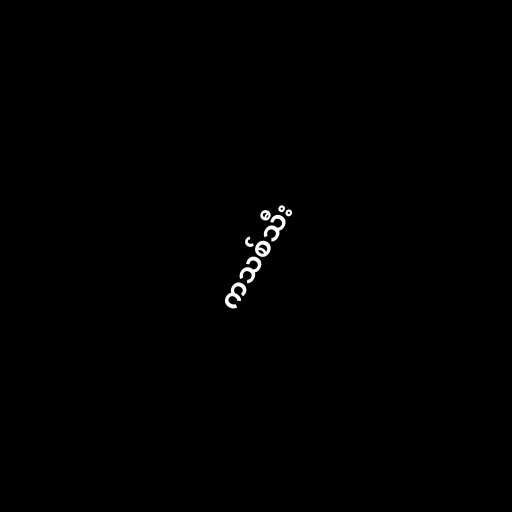
ကသစ်သီး